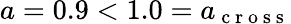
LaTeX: a=0.9<1.0=a_{\mathrm{~c~r~o~s~s~}}